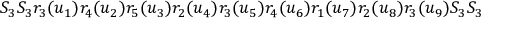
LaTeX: S _ { 3 } S _ { 3 } r _ { 3 } ( u _ { 1 } ) r _ { 4 } ( u _ { 2 } ) r _ { 5 } ( u _ { 3 } ) r _ { 2 } ( u _ { 4 } ) r _ { 3 } ( u _ { 5 } ) r _ { 4 } ( u _ { 6 } ) r _ { 1 } ( u _ { 7 } ) r _ { 2 } ( u _ { 8 } ) r _ { 3 } ( u _ { 9 } ) S _ { 3 } S _ { 3 }